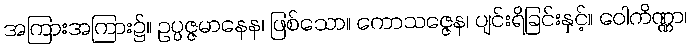
အကြားအကြား၌။ ဥပ္ပဇ္ဇမာနေန၊ ဖြစ်သော။ ကောသဇ္ဇေန၊ ပျင်းရိခြင်းနှင့်။ ဝေါကိဏ္ဏာ၊